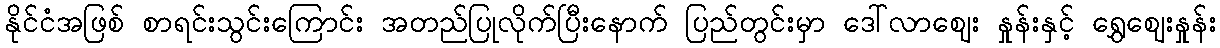
နိုင်ငံအဖြစ် စာရင်းသွင်းကြောင်း အတည်ပြုလိုက်ပြီးနောက် ပြည်တွင်းမှာ ဒေါ်လာဈေး နှုန်းနှင့် ရွှေဈေးနှုန်း